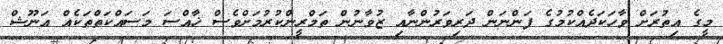
މީގެ އިތުރަށް ވާހަކަދެއްކުމުގެ ފަންނަން ދަރިވަރުންނާއި ޒުވާނުން ތަމްރީންކުރުމަށްވެސް ޚާއްސަ މަސައްކަތްތަކެއް އަނޫޝް